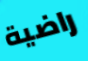
راضية